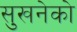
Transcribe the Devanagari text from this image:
सुखनेको